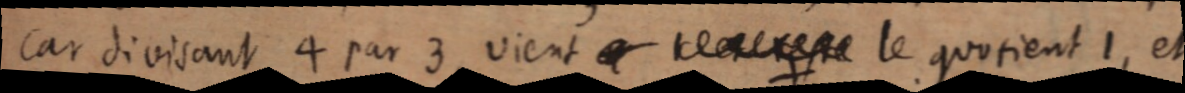
car divisant 4 par 3 vient texe le quotient 1, et